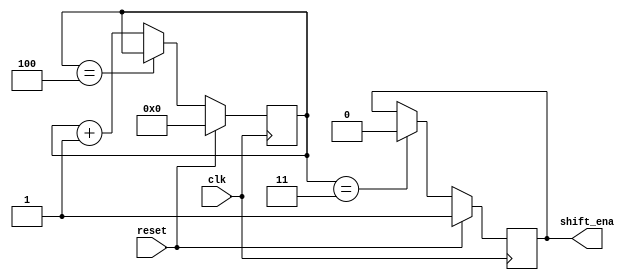
module top_module (
    input clk,
    input reset,      // Synchronous reset
    output shift_ena);
    
    reg [3:0] cnt;
    
    always @(posedge clk) begin
        if (reset) begin
            cnt <= 4'd0;
        end
        else begin
            cnt <= (cnt==4) ? cnt:cnt + 1;
        end
    end

    always @(posedge clk) begin
        if (reset) begin
            shift_ena <= 1;
        end
        else if (cnt==3) begin //早一個clk
            shift_ena <= 0;
        end
        else begin
            shift_ena <= shift_ena;
        end
    end
    
endmodule